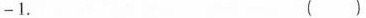
-1$$. ()